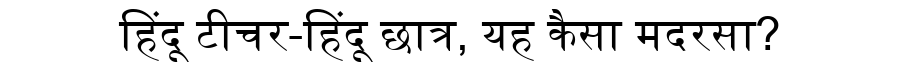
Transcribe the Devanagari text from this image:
हिंदू टीचर-हिंदू छात्र, यह कैसा मदरसा?